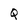
Character: Q